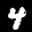
Label: 4